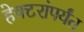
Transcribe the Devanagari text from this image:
हेक्टरांपर्यंत